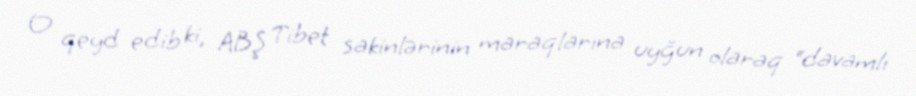
O qeyd edib ki, ABŞ Tibet sakinlərinin maraqlarına uyğun olaraq “davamlı